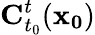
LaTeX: \mathbf{C}_{t_{0}}^{t}(\mathbf{x_{0}})